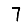
Digit: 7